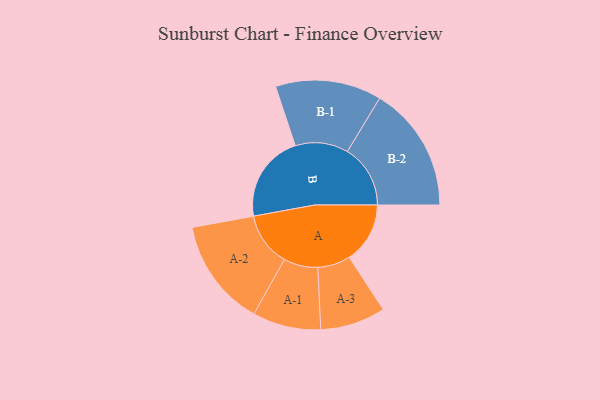
{"axis": {"x": "Segment", "y": "Value"}, "legend": ["", "A", "B"], "data": [{"x": "A", "y": 283, "type": ""}, {"x": "B", "y": 408, "type": ""}, {"x": "A-1", "y": 159, "type": "A"}, {"x": "A-2", "y": 251, "type": "A"}, {"x": "A-3", "y": 152, "type": "A"}, {"x": "B-1", "y": 247, "type": "B"}, {"x": "B-2", "y": 293, "type": "B"}]}